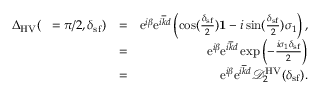
\begin{array} { r l r } { { \Delta } _ { \mathrm { H V } } ( { \it \Delta \phi } = \pi / 2 , \delta _ { \mathrm { s f } } ) } & { = } & { \mathrm { e } ^ { i \beta } \mathrm { e } ^ { i \overline { { k } } d } \left( \cos ( \frac { \delta _ { \mathrm { s f } } } { 2 } ) { \bf 1 } - i \sin ( \frac { \delta _ { \mathrm { s f } } } { 2 } ) \sigma _ { 1 } \right) , } \\ & { = } & { \mathrm { e } ^ { i \beta } \mathrm { e } ^ { i \overline { { k } } d } \exp \left( - \frac { i \sigma _ { 1 } { \delta _ { \mathrm { s f } } } } { 2 } \right) } \\ & { = } & { \mathrm { e } ^ { i \beta } \mathrm { e } ^ { i \overline { { k } } d } \mathcal { D } _ { 2 } ^ { \mathrm { H V } } ( \delta _ { \mathrm { s f } } ) . } \end{array}